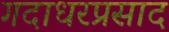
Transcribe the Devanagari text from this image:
गदाधरप्रसाद